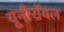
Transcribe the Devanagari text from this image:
यूनीरॉयल